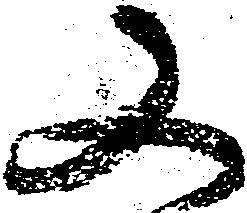
又